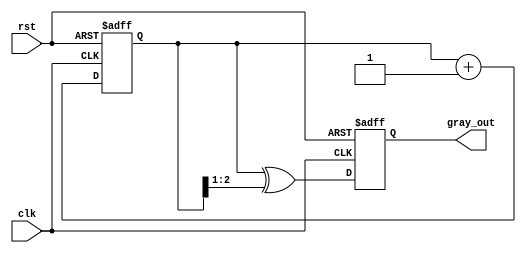
module gray_code_counter (
    input wire clk,       // Clock signal
    input wire rst,       // Asynchronous reset signal
    output reg [n-1:0] gray_out // Gray code output
);
    parameter n = 3; // Number of bits for the Gray code counter

    reg [n-1:0] binary_count; // Binary counter

    // Function to convert binary to Gray code
    function [n-1:0] binary_to_gray;
        input [n-1:0] binary;
        begin
            binary_to_gray = binary ^ (binary >> 1);
        end
    endfunction

    // Always block for counter operation
    always @(posedge clk or posedge rst) begin
        if (rst) begin
            binary_count <= 0; // Reset binary counter to 0
        end else begin
            binary_count <= binary_count + 1; // Increment binary counter
        end
    end

    // Always block for Gray code output
    always @(posedge clk or posedge rst) begin
        if (rst) begin
            gray_out <= 0; // Reset Gray code output to 0
        end else begin
            gray_out <= binary_to_gray(binary_count); // Convert binary to Gray code
        end
    end

endmodule